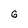
Character: 6